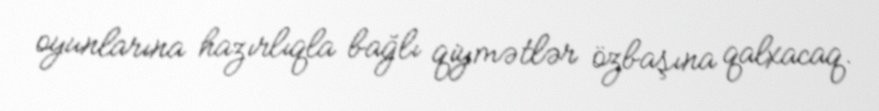
oyunlarına hazırlıqla bağlı qiymətlər özbaşına qalxacaq.